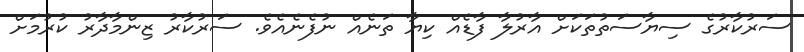
ސަރުކާރުގެ ސިޔާސަތުތަކަށް އާރުލާ ފާޑެއް ކިޔާ ތަނެއް ނުފެނެއެވެ. ސަރުކާރު ޒިންމާދާރު ކުރުމަށް